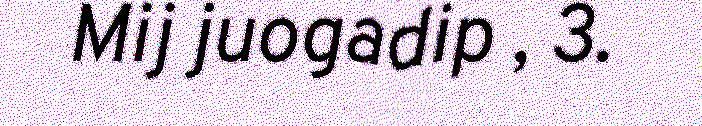
Mij juogadip , 3.